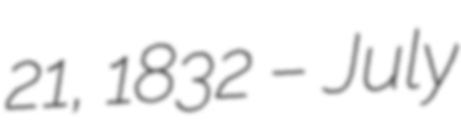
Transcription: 21, 1832 – July